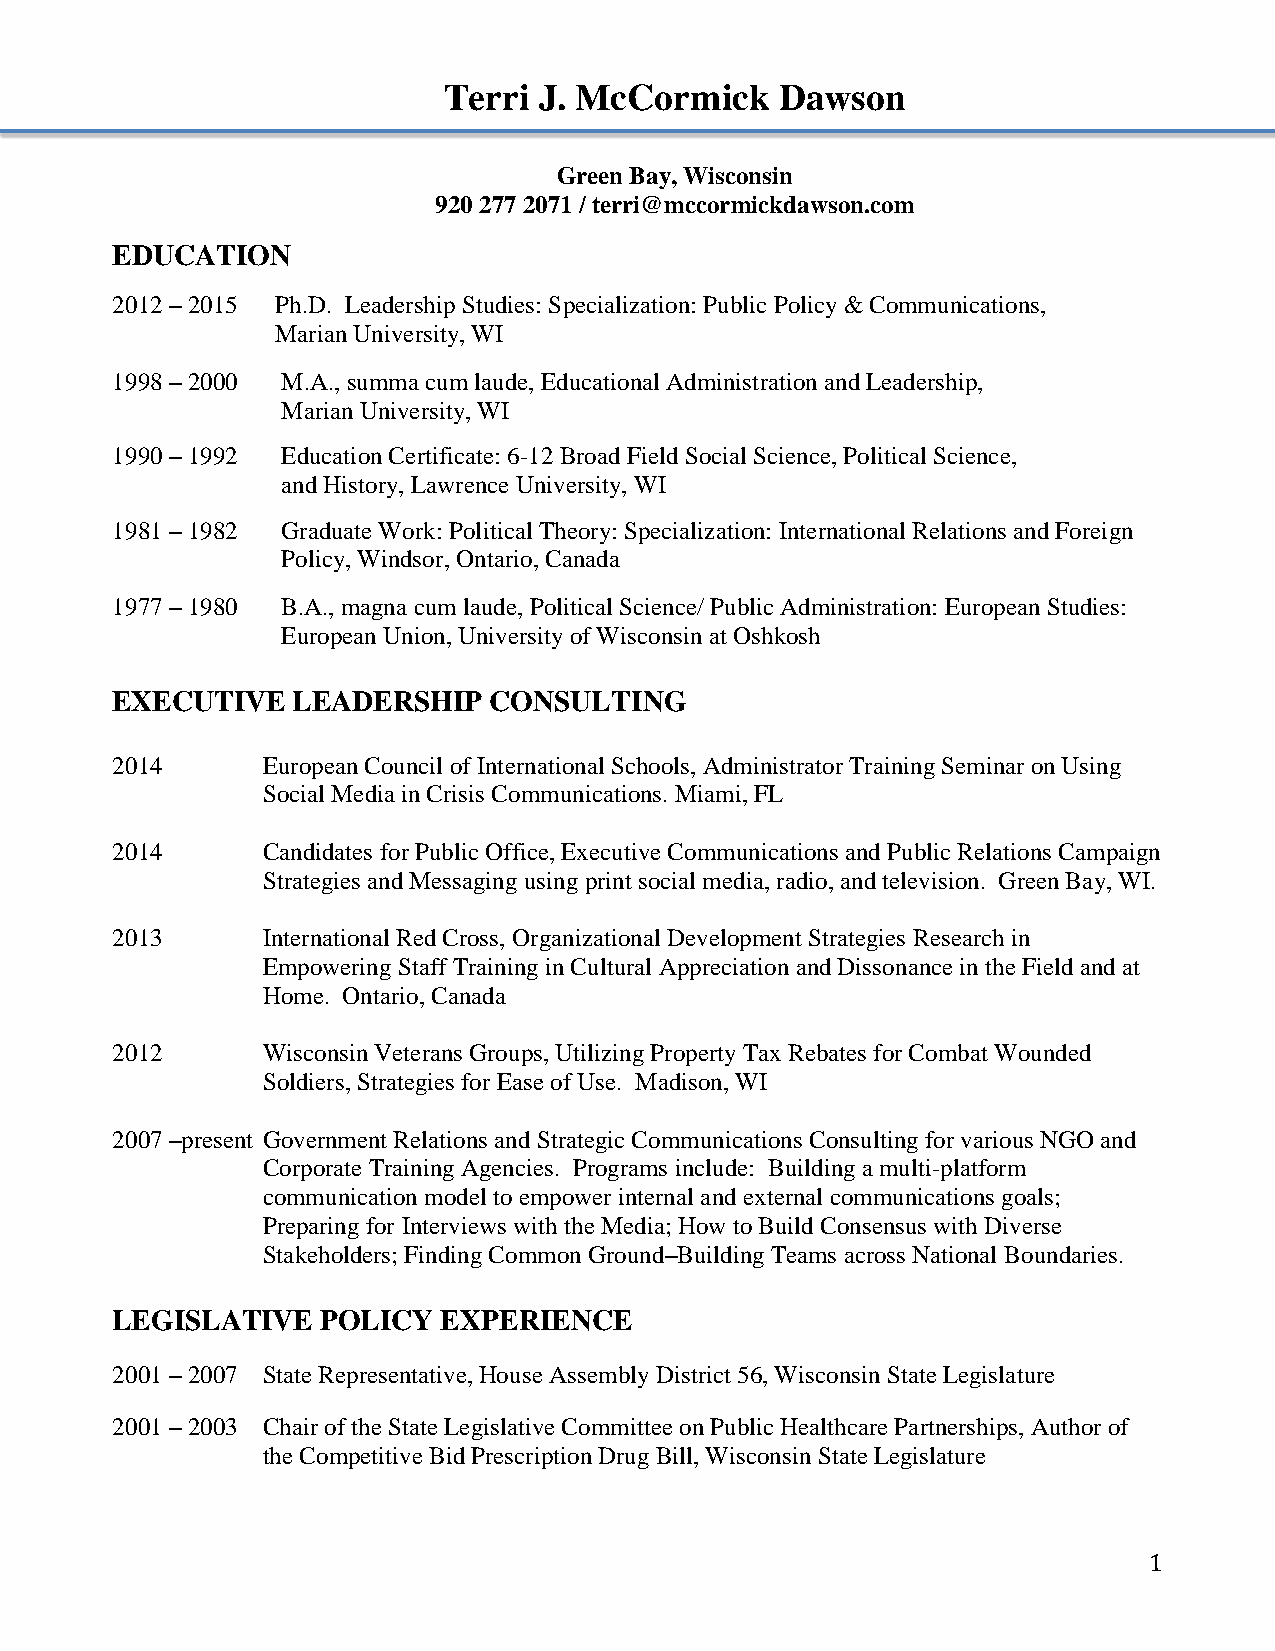
Terri  J. McCormick    Dawson
 Green Bay, Wisconsin
 920 277 2071 / terri@mccormickdawson.com
 EDUCATION
 2012 – 2015 Ph.D. Leadership Studies: Specialization: Public Policy & Communications,
 Marian University, WI
 1998 – 2000 M.A., summa cum laude, Educational Administration and Leadership,
 Marian University, WI
 1990 – 1992 Education Certificate: 6-12 Broad Field Social Science, Political Science,
 and History, Lawrence University, WI
 1981 – 1982 Graduate Work: Political Theory: Specialization: International Relations and Foreign
 Policy, Windsor, Ontario, Canada
 1977 – 1980 B.A., magna cum laude, Political Science/ Public Administration: European Studies:
 European Union, University of Wisconsin at Oshkosh
 EXECUTIVE   LEADERSHIP   CONSULTING
 2014      European Council of International Schools, Administrator Training Seminar on Using
 Social Media in Crisis Communications. Miami, FL
 2014      Candidates for Public Office, Executive Communications and Public Relations Campaign
 Strategies and Messaging using print social media, radio, and television. Green Bay, WI.
 2013      International Red Cross, Organizational Development Strategies Research in
 Empowering Staff Training in Cultural Appreciation and Dissonance in the Field and at
 Home. Ontario, Canada
 2012      Wisconsin Veterans Groups, Utilizing Property Tax Rebates for Combat Wounded
 Soldiers, Strategies for Ease of Use. Madison, WI
 2007 –present Government Relations and Strategic Communications Consulting for various NGO and
 Corporate Training Agencies. Programs include: Building a multi-platform
 communication model to empower internal and external communications goals;
 Preparing for Interviews with the Media; How to Build Consensus with Diverse
 Stakeholders; Finding Common Ground–Building Teams across National Boundaries.
 LEGISLATIVE   POLICY  EXPERIENCE
 2001 – 2007 State Representative, House Assembly District 56, Wisconsin State Legislature
 2001 – 2003 Chair of the State Legislative Committee on Public Healthcare Partnerships, Author of
 the Competitive Bid Prescription Drug Bill, Wisconsin State Legislature
 1